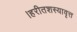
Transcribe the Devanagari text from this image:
।हरीतशस्यावृत्त